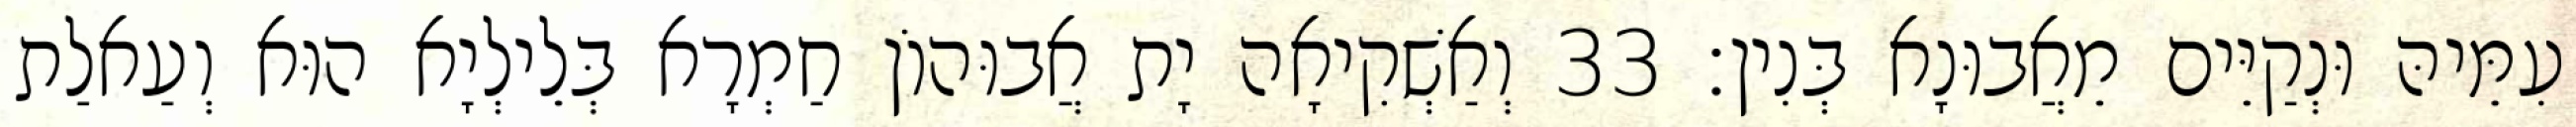
עִמֵּיהּ וּנְקַיֵּים מֵאֲבוּנָא בְּנִין׃ 33 וְאַשְׁקִיאָה יָת אֲבוּהוֹן חַמְרָא בְּלֵילְיָא הוּא וְעַאלַת